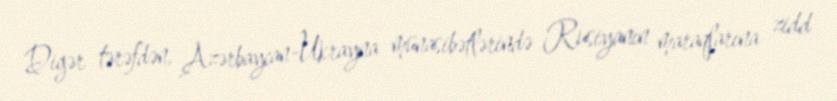
Digər tərəfdən, Azərbaycan-Ukrayna münasibətlərində Rusiyanın maraqlarına zidd